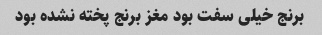
برنج خیلی سفت بود مغز برنج پخته نشده بود